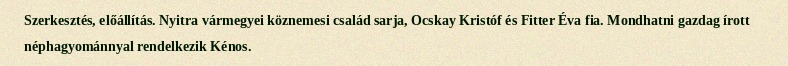
Szerkesztés, előállítás. Nyitra vármegyei köznemesi család sarja, Ocskay Kristóf és Fitter Éva fia. Mondhatni gazdag írott néphagyománnyal rendelkezik Kénos.